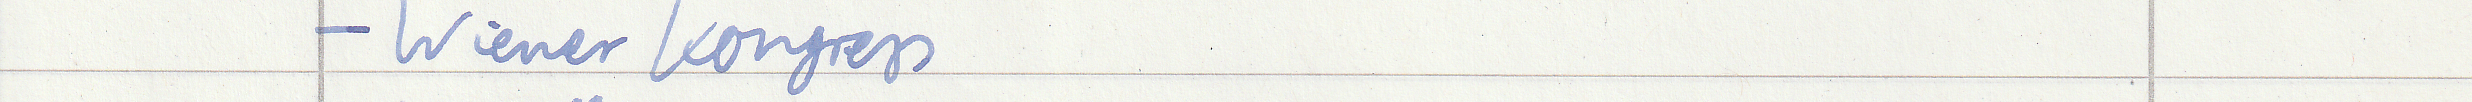
- Wiener Kongress